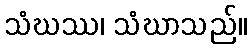
သံဃဿ၊ သံဃာသည်။